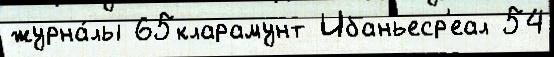
журна́лы 65кларамунт Ибаньеср'еал 54